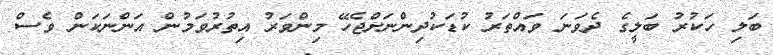
ބަލި ހަކުރު ބަލީގެ ދެވަނަ ވައްތަރު ކުޑަކުދިންނަށްޖެހޭ މިންވަރު އިތުރުވަމުން އަންނަކަން ވެސް